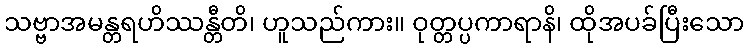
သဗ္ဗာအမန္တရဟိဿန္တီတိ၊ ဟူသည်ကား။ ဝုတ္တပ္ပကာရာနိ၊ ထိုအပခ်ပြီးသော